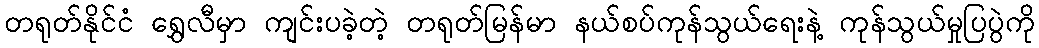
တရုတ်နိုင်ငံ ရွှေလီမှာ ကျင်းပခဲ့တဲ့ တရုတ်မြန်မာ နယ်စပ်ကုန်သွယ်ရေးနဲ့ ကုန်သွယ်မှုပြပွဲကို